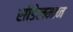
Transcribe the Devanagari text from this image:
सीडेलमान